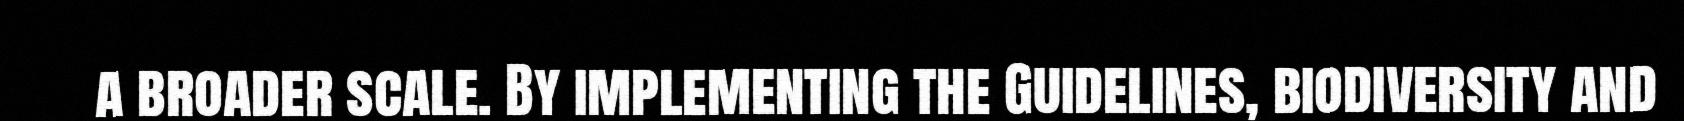
a broader scale. By implementing the Guidelines, biodiversity and